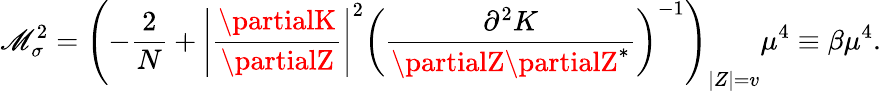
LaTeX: \mathscr{M}_{\sigma}^{2}=\left(-\frac{{2}}{{N}}+\left|\frac{{\partialK}}{{\partialZ}}\right|^{2}\left(\frac{{\partial^{2}K}}{{\partialZ\partialZ^{*}}}\right)^{-1}\right)_{\left|Z\right|=v}\mu^{4}\equiv\beta\mu^{4}.